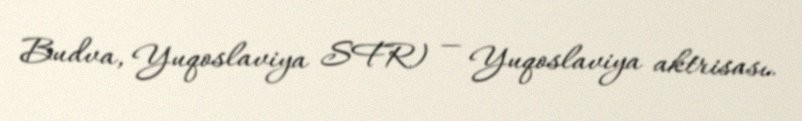
Budva, Yuqoslaviya SFR) — Yuqoslaviya aktrisası.